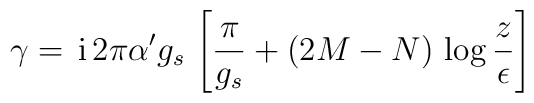
\gamma = \,{\rm i}\,2\pi\alpha' g_s\,\left[\frac{\pi}{g_s} + (2M-N)\,\log \frac{z}{\epsilon}\right]